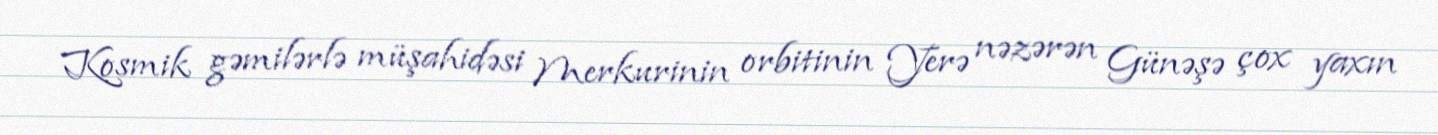
Kosmik gəmilərlə müşahidəsi Merkurinin orbitinin Yerə nəzərən Günəşə çox yaxın